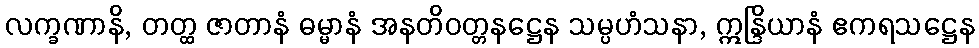
လက္ခဏာနိ, တတ္ထ ဇာတာနံ ဓမ္မာနံ အနတိဝတ္တနဋ္ဌေန သမ္ပဟံသနာ, ဣန္ဒြိယာနံ ဧကရသဋ္ဌေန